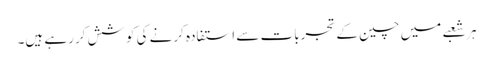
ہر شعبے میں چین کے تجربات سے استفادہ کرنے کی کوشش کررہے ہیں۔